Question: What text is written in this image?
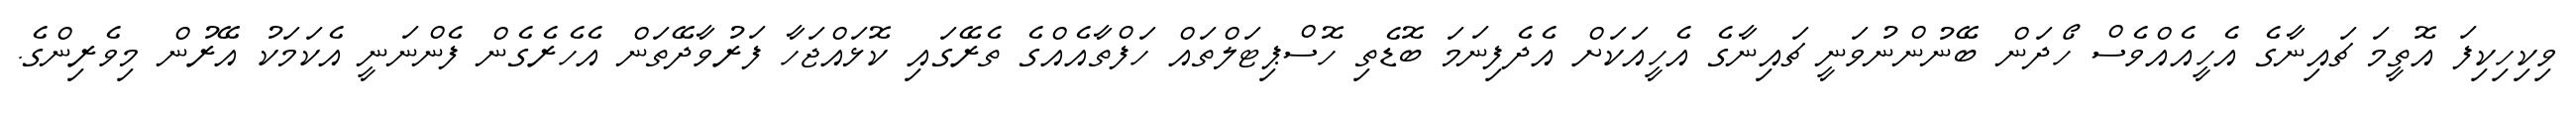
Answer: ވިކިހިކިފަ އޮތީމަ ޗައިނާގެ އެހީއެއްވެސް ހޯދަން ބޭނުންނުވަނީ ޗައިނާގެ އެހީއަކަށް އެދެފިނަމަ ބޮޑެތި ހޮސްޕިޓަލްތައް ހަފްތާއެއްގެ ތެރޭގައި ކޮޅައްޖަހާ ފަރުވާދޭތަން އެހެރެގެން ފެންނަނީ އެކަމަކު އޭރުން މިވެރިންގެ.